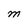
Character: M